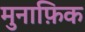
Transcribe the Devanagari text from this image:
मुनाफ़िक